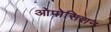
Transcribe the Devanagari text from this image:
ओपोसिशन